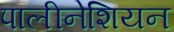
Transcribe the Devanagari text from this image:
पालीनेशियन